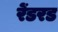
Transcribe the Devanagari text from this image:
रेंडरड